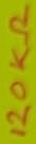
Text: 120Ω